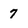
Character: 7